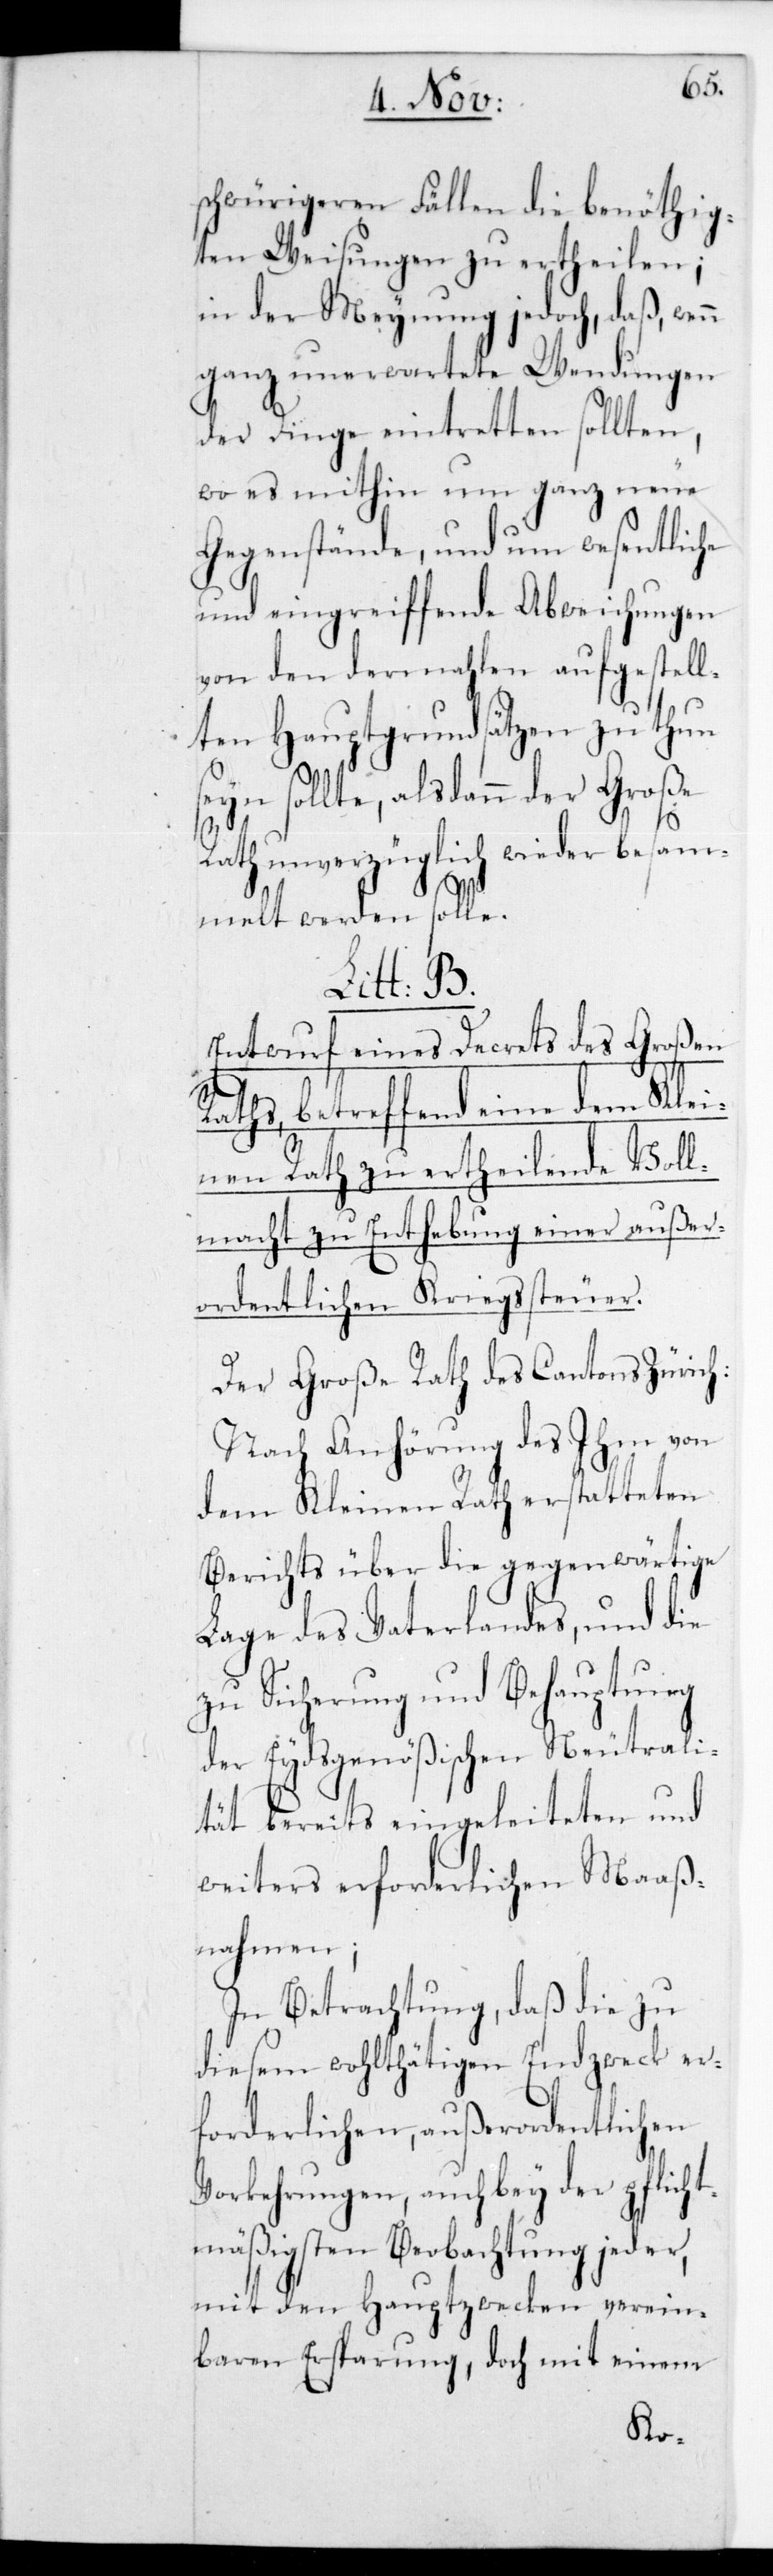
schwürigeren Fällen die benöthig¬
ten Weisungen zu ertheilen;
in der Meynung jedoch, daß wenn
ganz unerwartete Wendungen
der Dinge eintretten sollten,
wo es mithin um ganz neue
Gegenstände und um wesentliche
und eingreifende Abweichungen
von den dermahlen aufgestell¬
ten Hauptgrundsätzen zu thun
seyn sollte, alsdann der Große
Rath unverzüglich wieder besam¬
und
melt werden solle.
Litt: B.
Entwurf eines Decrets des Großen
Raths, betreffend eine dem Klei¬
nen Rath zu ertheilende Voll¬
macht zu Enthebung einer außer¬
ordentlichen Kriegssteuer.
Der Große Rath des Cantons Zürich;
nach Anhörung des Ihm von
dem Kleinen Rath erstatteten
Berichts über die gegenwärtige
Lage des Vaterlandes, und die
zu Sicherung und Behauptung
der Eydsgenößischen Neutral¬
ität bereits eingeleiteten und
weiters erforderlichen Maaß¬
nahmen;
In Betrachtung, daß die zu
diesem wohlthätigen Endzweck er¬
forderlichen, außerordentlichen
Vorkehrungen, auch bey der pflich¬
tmäßigsten Beobachtung jeder,
mit den Hauptzwecken verein¬
baren Ersparung, doch mit einem